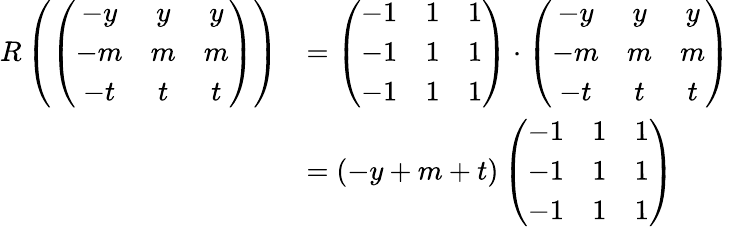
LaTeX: \begin{array}{rl}{R\left(\left(\begin{array}{ccc}{-y}&{y}&{y}\\ {-m}&{m}&{m}\\ {-t}&{t}&{t}\end{array}\right)\right)}&{=\left(\begin{array}{ccc}{-1}&{1}&{1}\\ {-1}&{1}&{1}\\ {-1}&{1}&{1}\end{array}\right)\cdot\left(\begin{array}{ccc}{-y}&{y}&{y}\\ {-m}&{m}&{m}\\ {-t}&{t}&{t}\end{array}\right)}\\ &{=(-y+m+t)\left(\begin{array}{ccc}{-1}&{1}&{1}\\ {-1}&{1}&{1}\\ {-1}&{1}&{1}\end{array}\right)}\end{array}